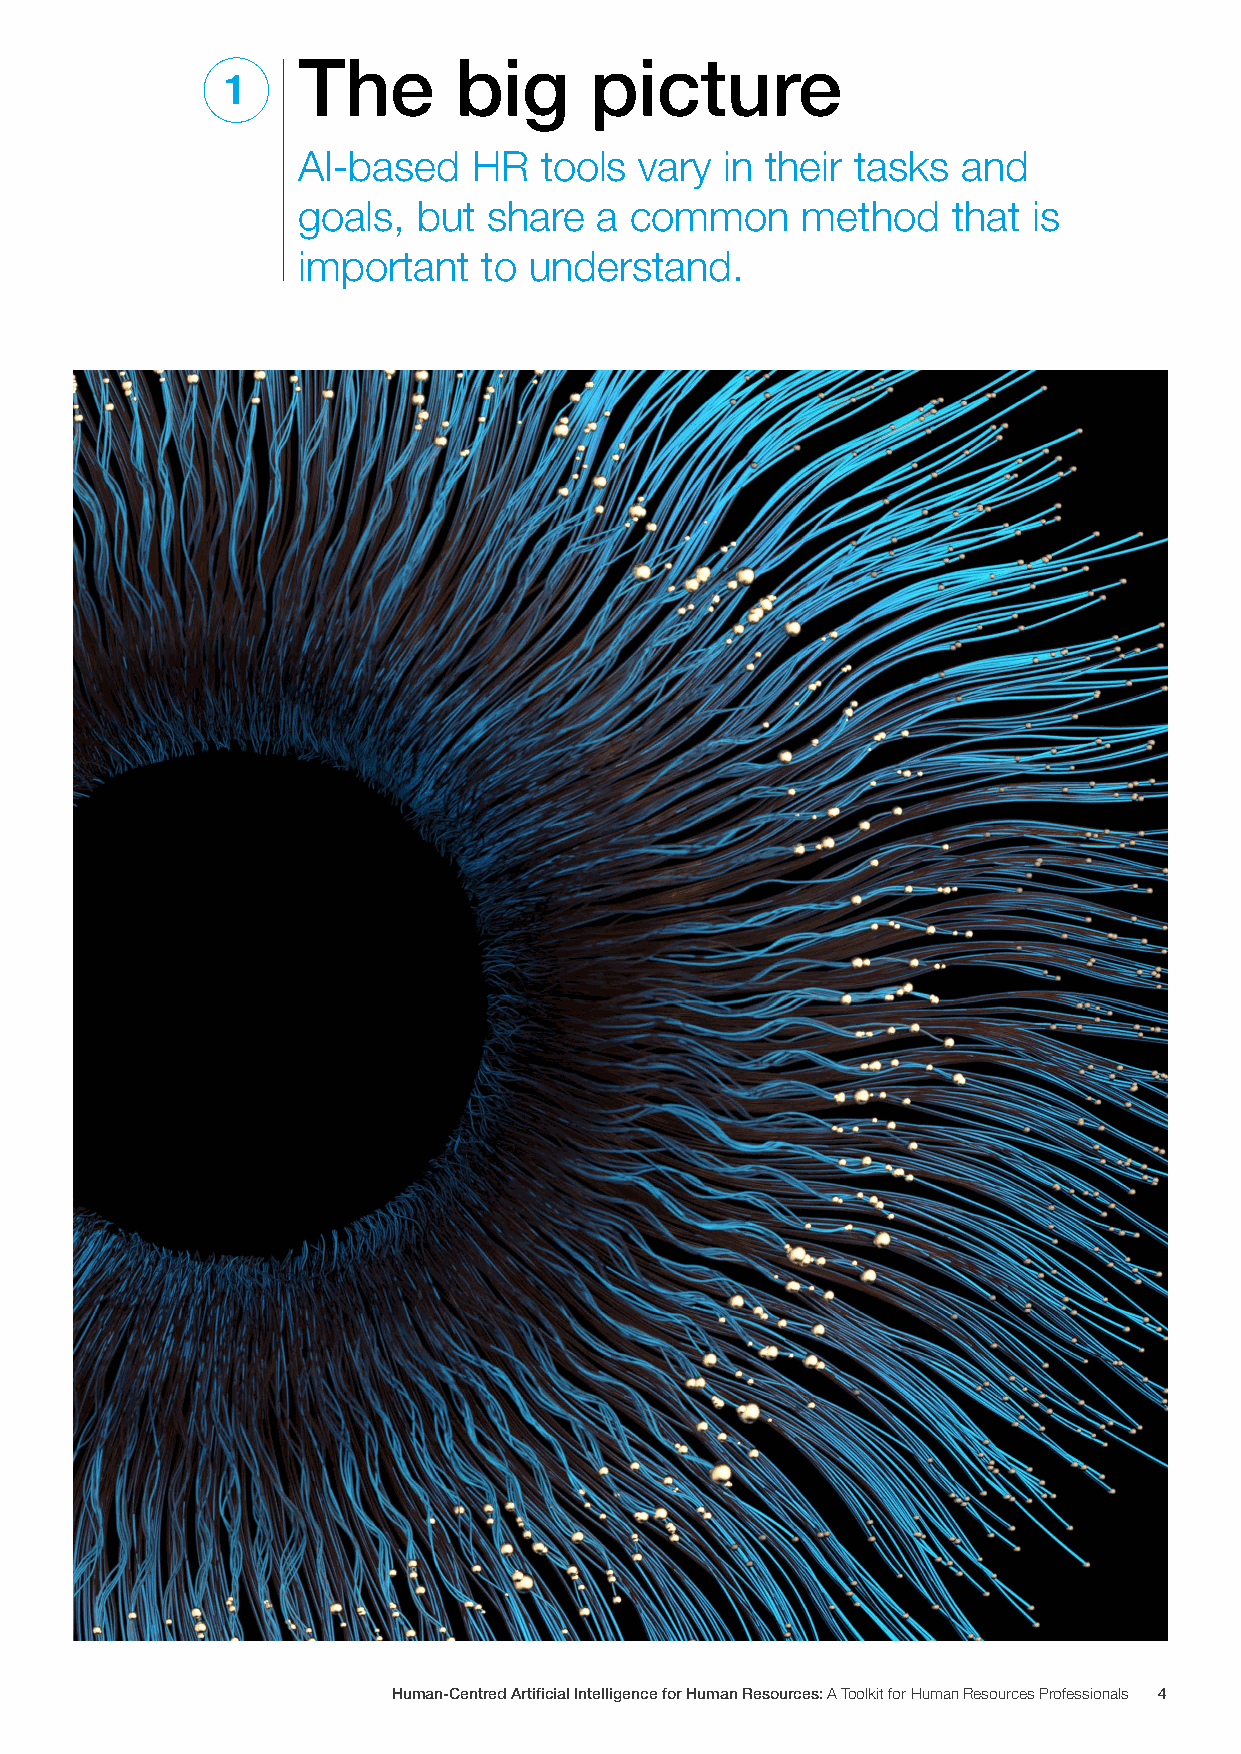
The       big      picture
 1
 AI-based   HR   tools vary  in their tasks  and
 goals,  but share   a common     method    that is
 important   to understand.
 Human-Centred Artificial Intelligence for Human Resources: A Toolkit for Human Resources Professionals 4